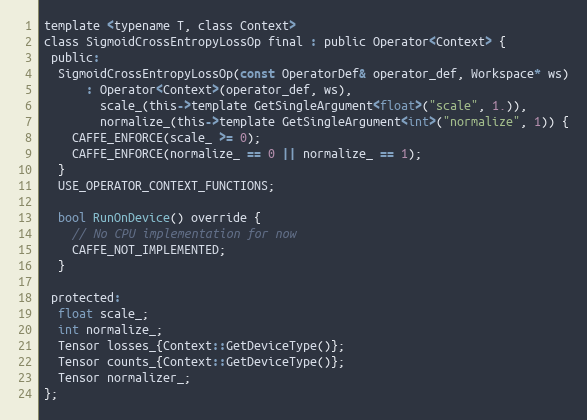
Language: C
template <typename T, class Context>
class SigmoidCrossEntropyLossOp final : public Operator<Context> {
 public:
  SigmoidCrossEntropyLossOp(const OperatorDef& operator_def, Workspace* ws)
      : Operator<Context>(operator_def, ws),
        scale_(this->template GetSingleArgument<float>("scale", 1.)),
        normalize_(this->template GetSingleArgument<int>("normalize", 1)) {
    CAFFE_ENFORCE(scale_ >= 0);
    CAFFE_ENFORCE(normalize_ == 0 || normalize_ == 1);
  }
  USE_OPERATOR_CONTEXT_FUNCTIONS;

  bool RunOnDevice() override {
    // No CPU implementation for now
    CAFFE_NOT_IMPLEMENTED;
  }

 protected:
  float scale_;
  int normalize_;
  Tensor losses_{Context::GetDeviceType()};
  Tensor counts_{Context::GetDeviceType()};
  Tensor normalizer_;
};